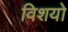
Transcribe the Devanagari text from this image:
विशयो